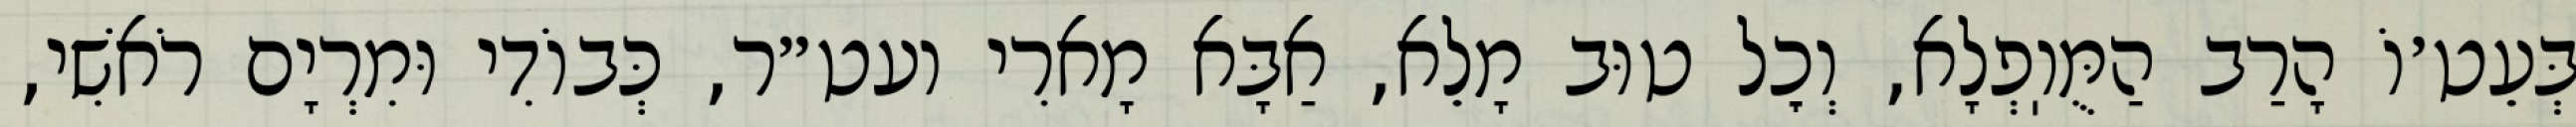
בְּעֵט׳וֹ הָרַב הַמֻּוֽפְלָא, וְכׇל טוּב מָלֵא, אַבָּא מָארִי ועט״ר, כְּבוֹדִי וּמִרְיָם רֹאשִׁי,